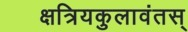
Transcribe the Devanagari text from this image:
क्षत्रियकुलावंतस्